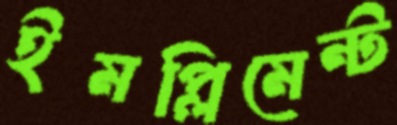
ইমপ্লিমেন্ট